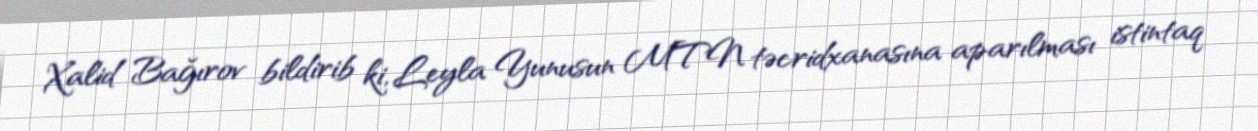
Xalid Bağırov bildirib ki, Leyla Yunusun MTN təcridxanasına aparılması istintaq